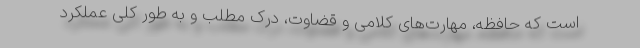
است که حافظه، مهارت‌های کلامی و قضاوت، درک مطلب و به طور کلی عملکرد